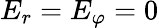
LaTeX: E_{r}=E_{\varphi}=0